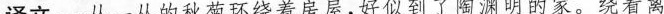
译文：一丛一丛的秋菊环绕着房屋，好似到了陶渊明的家。绕着篱